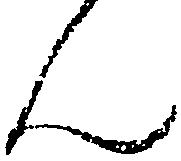
ん